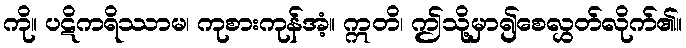
ကို။ ပဋိကရိဿာမ၊ ကုစားကုန်အံ့။ ဣတိ၊ ဤသို့မှာ၍စေလွှတ်လိုက်၏။